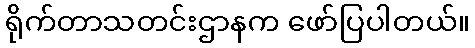
ရိုက်တာသတင်းဌာနက ဖော်ပြပါတယ်။